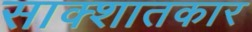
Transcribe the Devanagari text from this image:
साक्शातकार